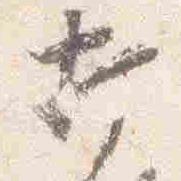
打